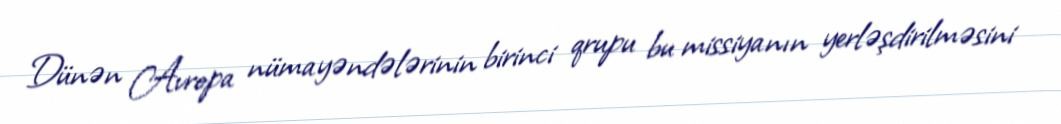
Dünən Avropa nümayəndələrinin birinci qrupu bu missiyanın yerləşdirilməsini